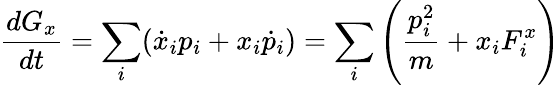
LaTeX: \frac{dG_{x}}{dt}=\sum_{i}(\dot{x}_{i}p_{i}+x_{i}\dot{p}_{i})=\sum_{i}\left(\frac{p_{i}^{2}}{m}+x_{i}F_{i}^{x}\right)